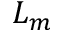
L _ { m }